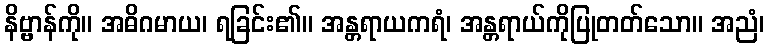
နိဗ္ဗာန်ကို။ အဓိဂမာယ၊ ရခြင်း၏။ အန္တရာယကရံ၊ အန္တရာယ်ကိုပြုတတ်သော။ အညံ၊